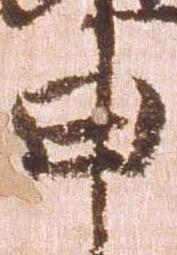
申